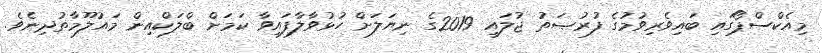
މިއެކްސްޕޯގައި ބައިވެރިވުމުގެ ފުރުޞަތު ޖުލައި 2019ގެ ނިޔަލަށް ހުޅުވާލާފައިވާ ކަމަށް ބްލަކްއިން މައުލޫމާތުދިނެވެ.